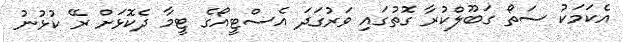
އެކަމަކު ސަތޯ ގަބޫލްކުރާ ގޮތުގައި ވަރުގަދަ އެސްޓީއޯގެ ޓީމާ ދެކޮޅަށް ރޭ ކުޅުނު